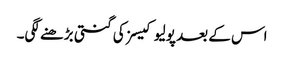
اس کے بعد پولیو کیسز کی گنتی بڑھنے لگی۔